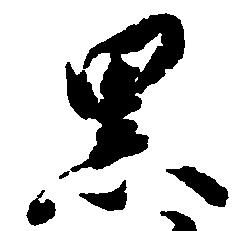
黒